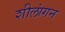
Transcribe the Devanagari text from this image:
शीलांगन